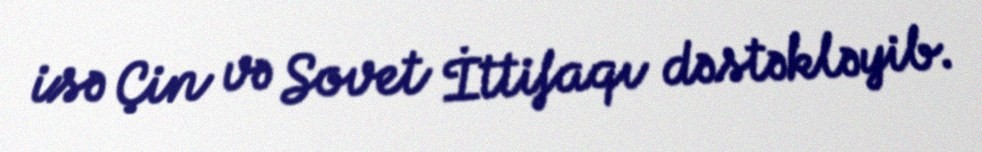
isə Çin və Sovet İttifaqı dəstəkləyib.